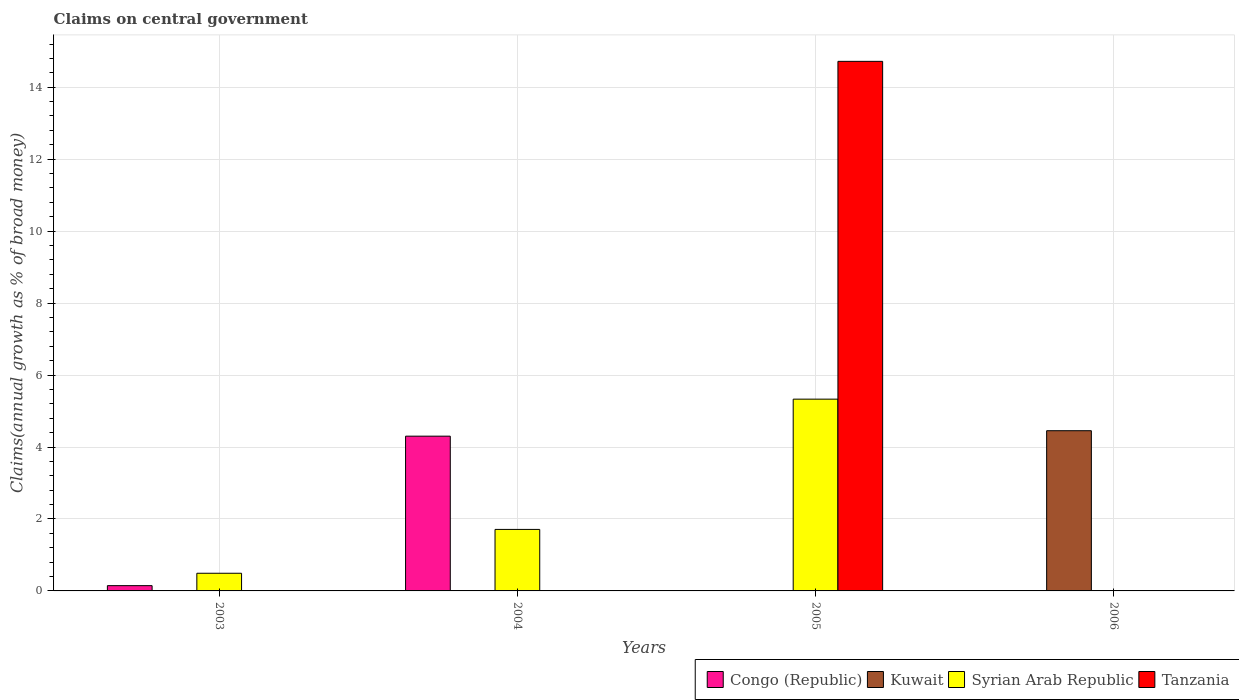
| Years | Congo (Republic) | Kuwait | Syrian Arab Republic | Tanzania |
 | --- | --- | --- | --- | --- |
 | 2003 | 0.147 | -2.83 | 0.491 | -13.1 |
 | 2004 | 4.3 | -9.98 | 1.71 | -5.89 |
 | 2005 | -78.4 | -2.85 | 5.33 | 14.7 |
 | 2006 | -93.1 | 4.45 | -0.942 | -11.2 |